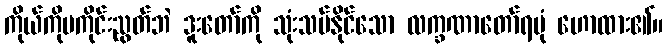
ကိုယ်ကိုမကိုင်းညွတ်ဘဲ ဒူးတော်ကို သုံးသပ်နိုင်သော လက္ခဏာတော်ရပုံ ဟောထား၏။